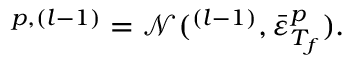
{ \boldsymbol { \mathbf { \mathit { \varepsilon } } } } ^ { p , ( l - 1 ) } = \mathcal { N } ( { \boldsymbol { \mathbf { \mathit { \varepsilon } } } } ^ { ( l - 1 ) } , \bar { \varepsilon } _ { T _ { f } } ^ { p } ) .